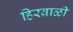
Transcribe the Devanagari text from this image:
हिरवाळी